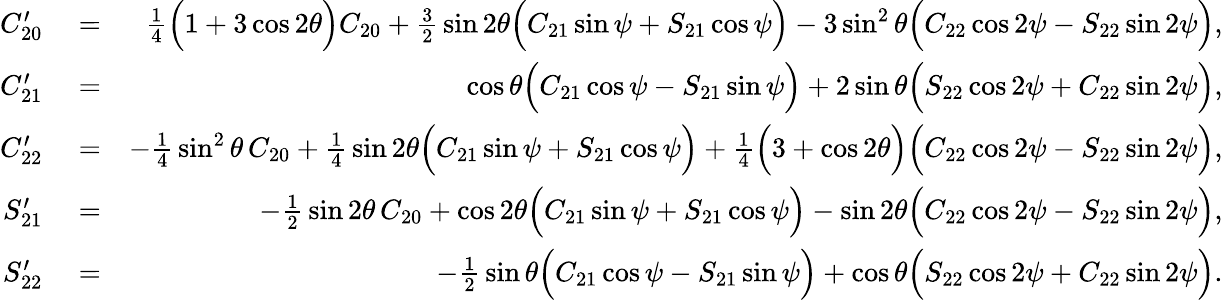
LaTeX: \begin{array}{rlr}{C_{20}^{\prime}}&{{}=}&{{\textstyle\frac{1}{4}}\Big(1+3\cos 2\theta\Big)C_{20}+{\textstyle\frac{3}{2}}\sin 2\theta\Big(C_{21}\sin\psi+S_{21}\cos\psi\Big)-3\sin^{2}\theta\Big(C_{22}\cos 2\psi-S_{22}\sin 2\psi\Big),}\\ {C_{21}^{\prime}}&{{}=}&{\cos\theta\Big(C_{21}\cos\psi-S_{21}\sin\psi\Big)+2\sin\theta\Big(S_{22}\cos 2\psi+C_{22}\sin 2\psi\Big),}\\ {C_{22}^{\prime}}&{{}=}&{-{\textstyle\frac{1}{4}}\sin^{2}\theta\, C_{20}+{\textstyle\frac{1}{4}}\sin 2\theta\Big(C_{21}\sin\psi+S_{21}\cos\psi\Big)+{\textstyle\frac{1}{4}}\Big(3+\cos 2\theta\Big)\Big(C_{22}\cos 2\psi-S_{22}\sin 2\psi\Big),}\\ {S_{21}^{\prime}}&{{}=}&{-{\textstyle\frac{1}{2}}\sin 2\theta\, C_{20}+\cos 2\theta\Big(C_{21}\sin\psi+S_{21}\cos\psi\Big)-\sin 2\theta\Big(C_{22}\cos 2\psi-S_{22}\sin 2\psi\Big),}\\ {S_{22}^{\prime}}&{{}=}&{-{\textstyle\frac{1}{2}}\sin\theta\Big(C_{21}\cos\psi-S_{21}\sin\psi\Big)+\cos\theta\Big(S_{22}\cos 2\psi+C_{22}\sin 2\psi\Big).}\end{array}